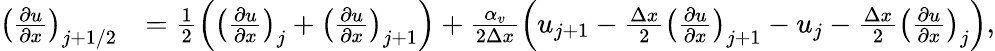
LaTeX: \begin{array}{rl}{\left(\frac{\partial u}{\partial x}\right)_{j+1/2}}&{=\frac{1}{2}\left(\left(\frac{\partial u}{\partial x}\right)_{j}+\left(\frac{\partial u}{\partial x}\right)_{j+1}\right)+\frac{\alpha_{v}}{2\Delta x}\left(u_{j+1}-\frac{\Delta x}{2}\left(\frac{\partial u}{\partial x}\right)_{j+1}-u_{j}-\frac{\Delta x}{2}\left(\frac{\partial u}{\partial x}\right)_{j}\right),}\end{array}